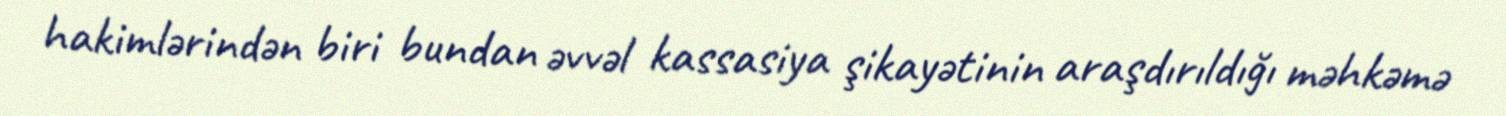
hakimlərindən biri bundan əvvəl kassasiya şikayətinin araşdırıldığı məhkəmə